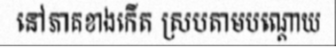
នៅភាគខាងកើត ស្របតាមបណ្តោយ